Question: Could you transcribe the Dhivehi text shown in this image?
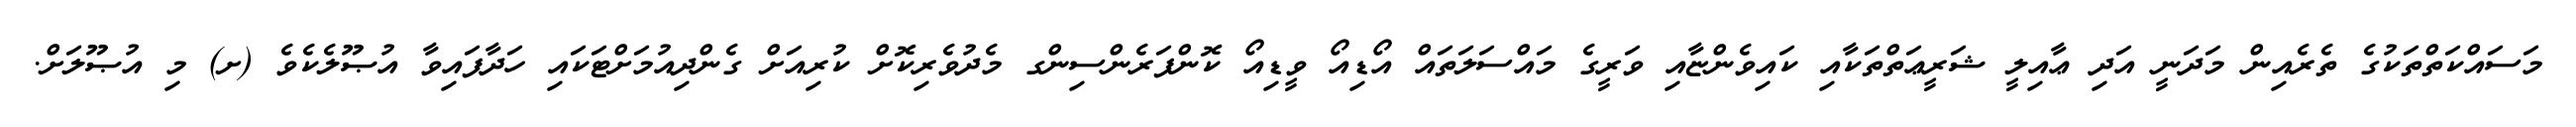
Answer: މަސައްކަތްތަކުގެ ތެރެއިން މަދަނީ އަދި ޢާއިލީ ޝަރީޢަތްތަކާއި ކައިވެންޏާއި ވަރީގެ މައްސަލަތައް އޯޑިއޯ ވީޑިއޯ ކޮންފަރެންސިންގ މެދުވެރިކޮށް ކުރިއަށް ގެންދިއުމަށްޓަކައި ހަދާފައިވާ އުޞޫލެކެވެ (ށ) މި އުޞޫލަށް.